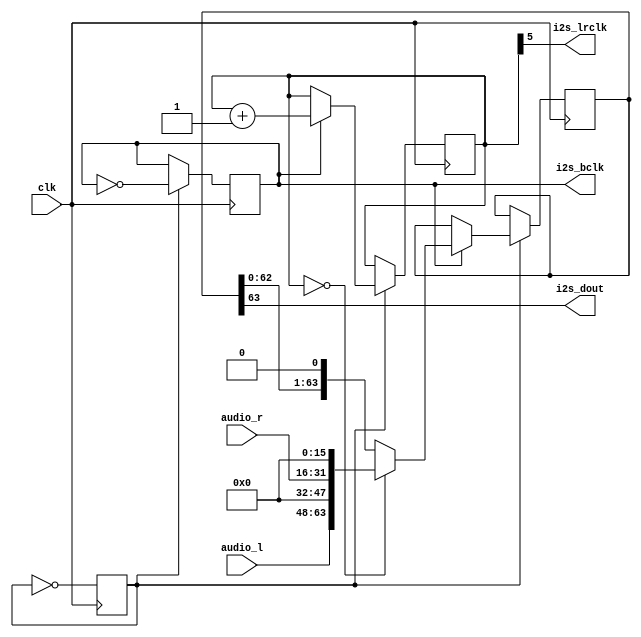
// This program was cloned from: https://github.com/robinsonb5/DeMiSTify
// License: GNU General Public License v3.0

`timescale 1ns / 1ps
//////////////////////////////////////////////////////////////////////////////////
// Company: 
// Engineer: 
// 
// Design Name: 
// Module Name: i2s_sound
// Project Name: 
// Target Devices: 
// Tool Versions: 
// Description: 
// 
// Dependencies: 
// 
// Revision:
// Revision 0.01 - File Created
// Additional Comments:
// 
//////////////////////////////////////////////////////////////////////////////////


module i2s_sound (
  input wire clk,
  input wire [15:0] audio_l,
  input wire [15:0] audio_r,
  output reg i2s_bclk,
  output wire i2s_lrclk,
  output wire i2s_dout
  );
  
  parameter [15:0] CLKMHZ = 16'd50;
  localparam [7:0] PRESCALER = 1; // (CLKMHZ * 500 / (64*192)) -1;  // duracin de un semiperiodo de BCLK para 192 kHz
  
  reg counter = 0;
  reg [5:0] cntbit = 0;
  reg [63:0] sr_sample;

  initial i2s_bclk = 1'b0;
  
  assign i2s_lrclk = cntbit[5];
  assign i2s_dout = sr_sample[63];
  
  always @(posedge clk) begin
    counter <= ~counter;
    if (counter == PRESCALER) begin
      i2s_bclk <= ~i2s_bclk;
      if (i2s_bclk == 1'b1) begin   // flanco negativo de BCLK...
        cntbit <= cntbit + 1;
        if (cntbit == 0)
          sr_sample <= {audio_l, 16'h0000, audio_r, 16'h0000};          
        else
          sr_sample <= {sr_sample[62:0], 1'b0};
      end
    end
  end  
endmodule